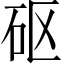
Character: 𥐰